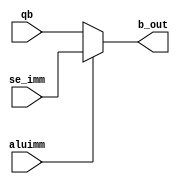
`timescale 1ns / 1ps
//////////////////////////////////////////////////////////////////////////////////
// Company: 
// Engineer: 
// 
// Design Name: 
// Module Name: alu_mux_b
// Project Name: 
// Target Devices: 
// Tool Versions: 
// Description: 
// 
// Dependencies: 
// 
// Revision:
// Revision 0.01 - File Created
// Additional Comments:
// 
//////////////////////////////////////////////////////////////////////////////////


module alu_mux_b(qb, se_imm, aluimm, b_out);
    input [31:0] qb;
    input [31:0] se_imm;
    input aluimm;
    output [31:0] b_out;
    assign b_out = aluimm? se_imm : qb;
//assign b_out = se_imm;
    
endmodule